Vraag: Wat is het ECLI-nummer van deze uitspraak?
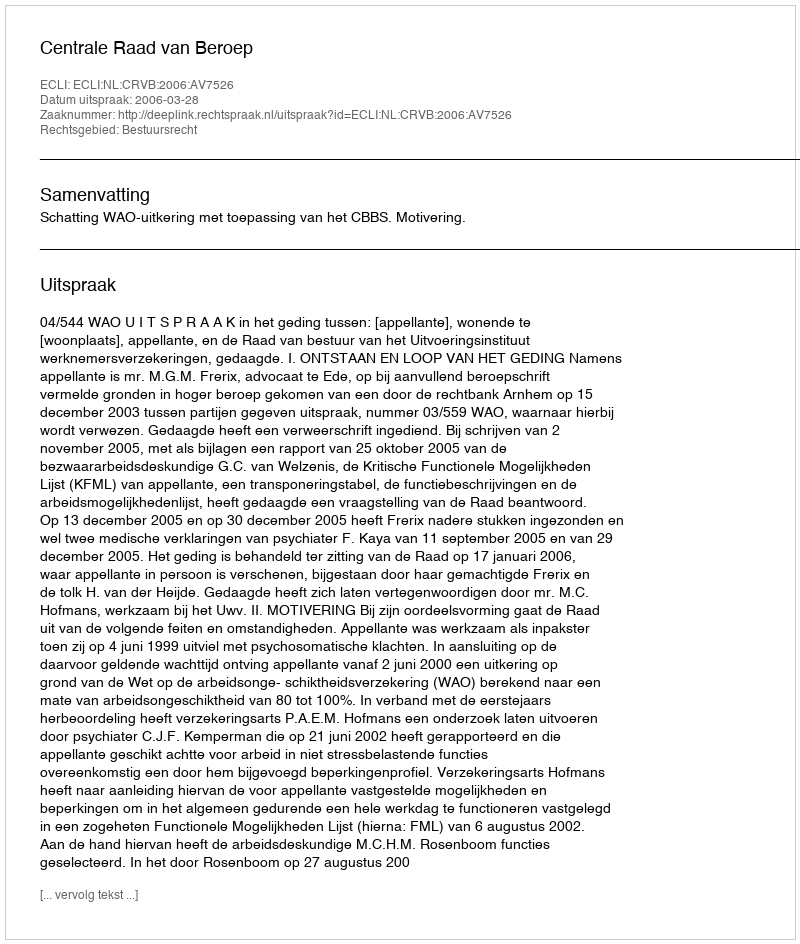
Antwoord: ECLI:NL:CRVB:2006:AV7526